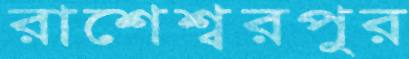
রাশেশ্বরপুর